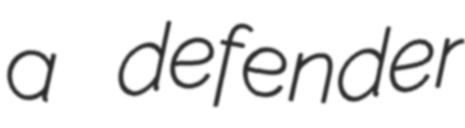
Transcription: a defender